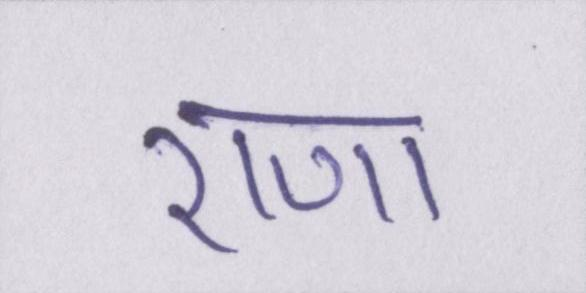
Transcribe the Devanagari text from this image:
राणा